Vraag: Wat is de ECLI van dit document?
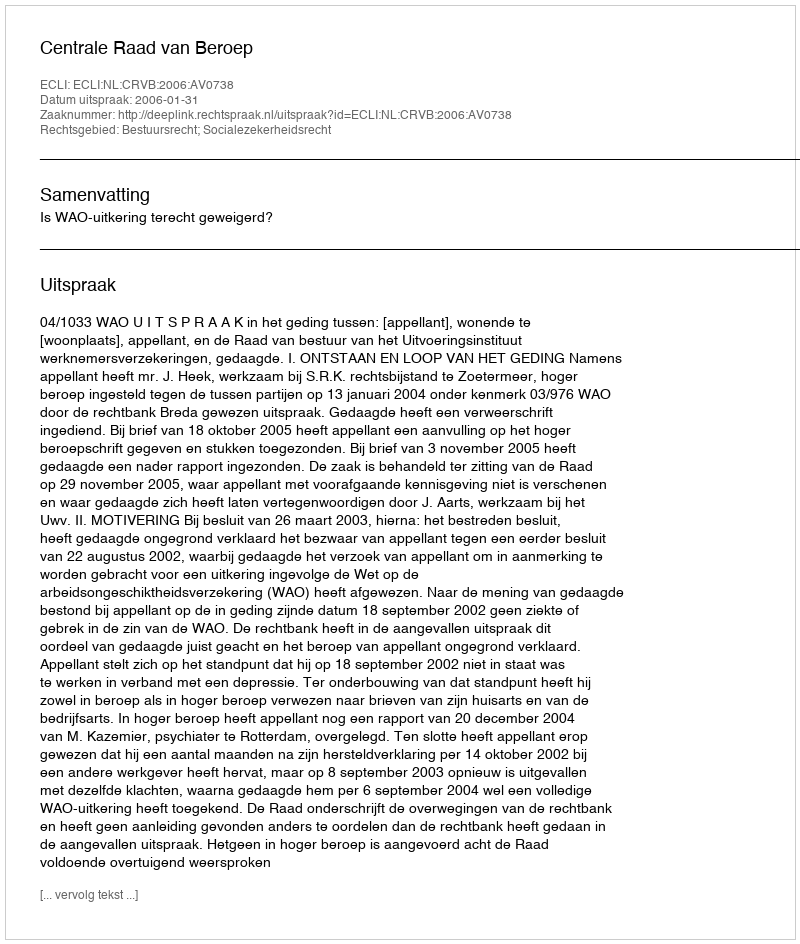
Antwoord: ECLI:NL:CRVB:2006:AV0738